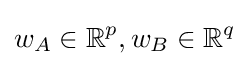
w_{A}\in \mathbb {R} ^{p},w_{B}\in \mathbb {R} ^{q}